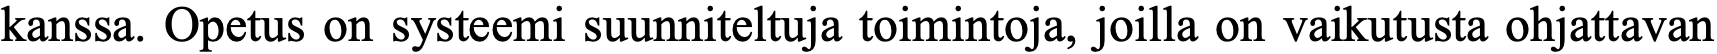
kanssa. Opetus on systeemi suunniteltuja toimintoja, joilla on vaikutusta ohjattavan